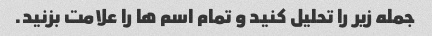
جمله زیر را تحلیل کنید و تمام اسم ها را علامت بزنید.